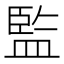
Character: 監